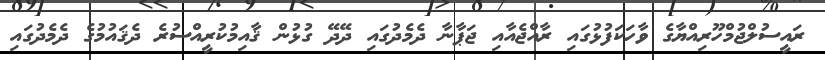
ރައީސުލްޖުމްހޫރިއްޔާގެ ވާހަކަފުޅުގައި ރާއްޖެއާއި ޖަޕާނާ ދެމެދުގައި ދޭދޭ ގުޅުން ޤާއިމުކުރީއްސުރެ ދެޤައުމުގެ ދެމެދުގައި